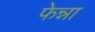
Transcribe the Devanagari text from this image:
फेन्ना